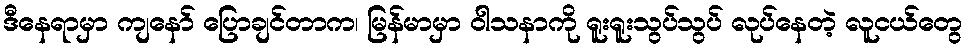
ဒီနေရာမှာ ကျနော် ပြောချင်တာက၊ မြန်မာမှာ ဝါသနာကို ရူးရူးသွပ်သွပ် လုပ်နေတဲ့ လူငယ်တွေ